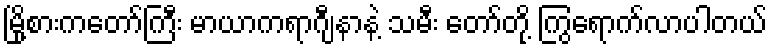
မြို့စားကတော်ကြီး မာယာကရာဂျီနာနဲ့ သမီး တော်တို့ ကြွရောက်လာပါတယ်